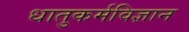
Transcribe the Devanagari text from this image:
धातुकर्मविज्ञान